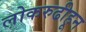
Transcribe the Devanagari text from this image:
लोकरुढीहून